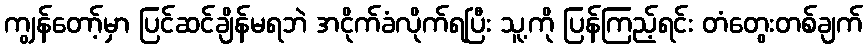
ကျွန်တော့်မှာ ပြင်ဆင်ချိန်မရဘဲ အငိုက်ခံလိုက်ရပြီး သူ့ကို ပြန်ကြည့်ရင်း တံတွေးတစ်ချက်